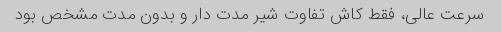
سرعت عالی، فقط کاش تفاوت شیر مدت دار و بدون مدت مشخص بود